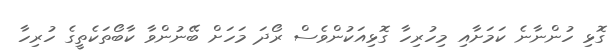
ގޮޅި ހުންނާނެ ކަމަށާއި މިހުރިހާ ގޮޅިއަކުންވެސް ރޯދަ މަހަށް ބޭނުންވާ ކާބޯތަކެތީގެ ހުރިހާ